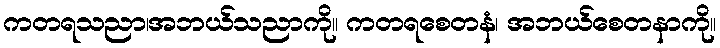
ကတရသညာ၊အဘယ်သညာကို။ ကတရစေတနံ၊ အဘယ်စေတနာကို။